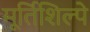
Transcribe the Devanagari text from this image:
मूर्तिशिल्पे